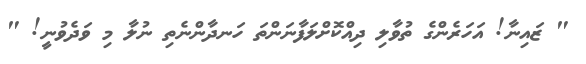
" ޒައިނާ! އަހަރެންގެ ތުވާލި ދިއްކޮށްލަފާނަންތަ ހަނދާންނެތި ނުލާ މި ވަދެވުނީ! "